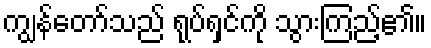
ကျွန်တော်သည် ရုပ်ရှင်ကို သွားကြည့်၏။